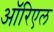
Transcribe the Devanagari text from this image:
ऑरिएल